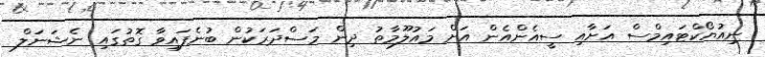
ނިއުޔޯކްޓައިމްސް އަށާއި ސީއެންއެން އަށް މައުލޫމާތު ދިން މަސްދަރަކުން ބުނެފައިވާ ގޮތުގައި ނެޝަނަލް